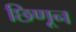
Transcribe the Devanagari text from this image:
छिणून